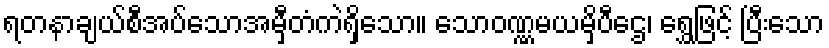
ရတနာချယ်စီအပ်သောအမှီတံကဲရှိသော။ သောဝဏ္ဏမယမှိပီဌေ၊ ရွှေဖြင့် ပြီးသော